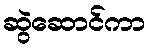
ဆွဲဆောင်ကာ